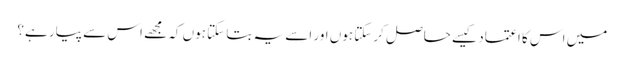
میں اس کا اعتماد کیسے حاصل کرسکتا ہوں اور اسے یہ بتا سکتا ہوں کہ مجھے اس سے پیار ہے؟